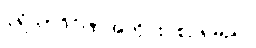
ပုရိသာဒိဂိုဏ်အတိုင်း စဉ်ရမည်။